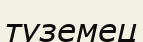
туземец